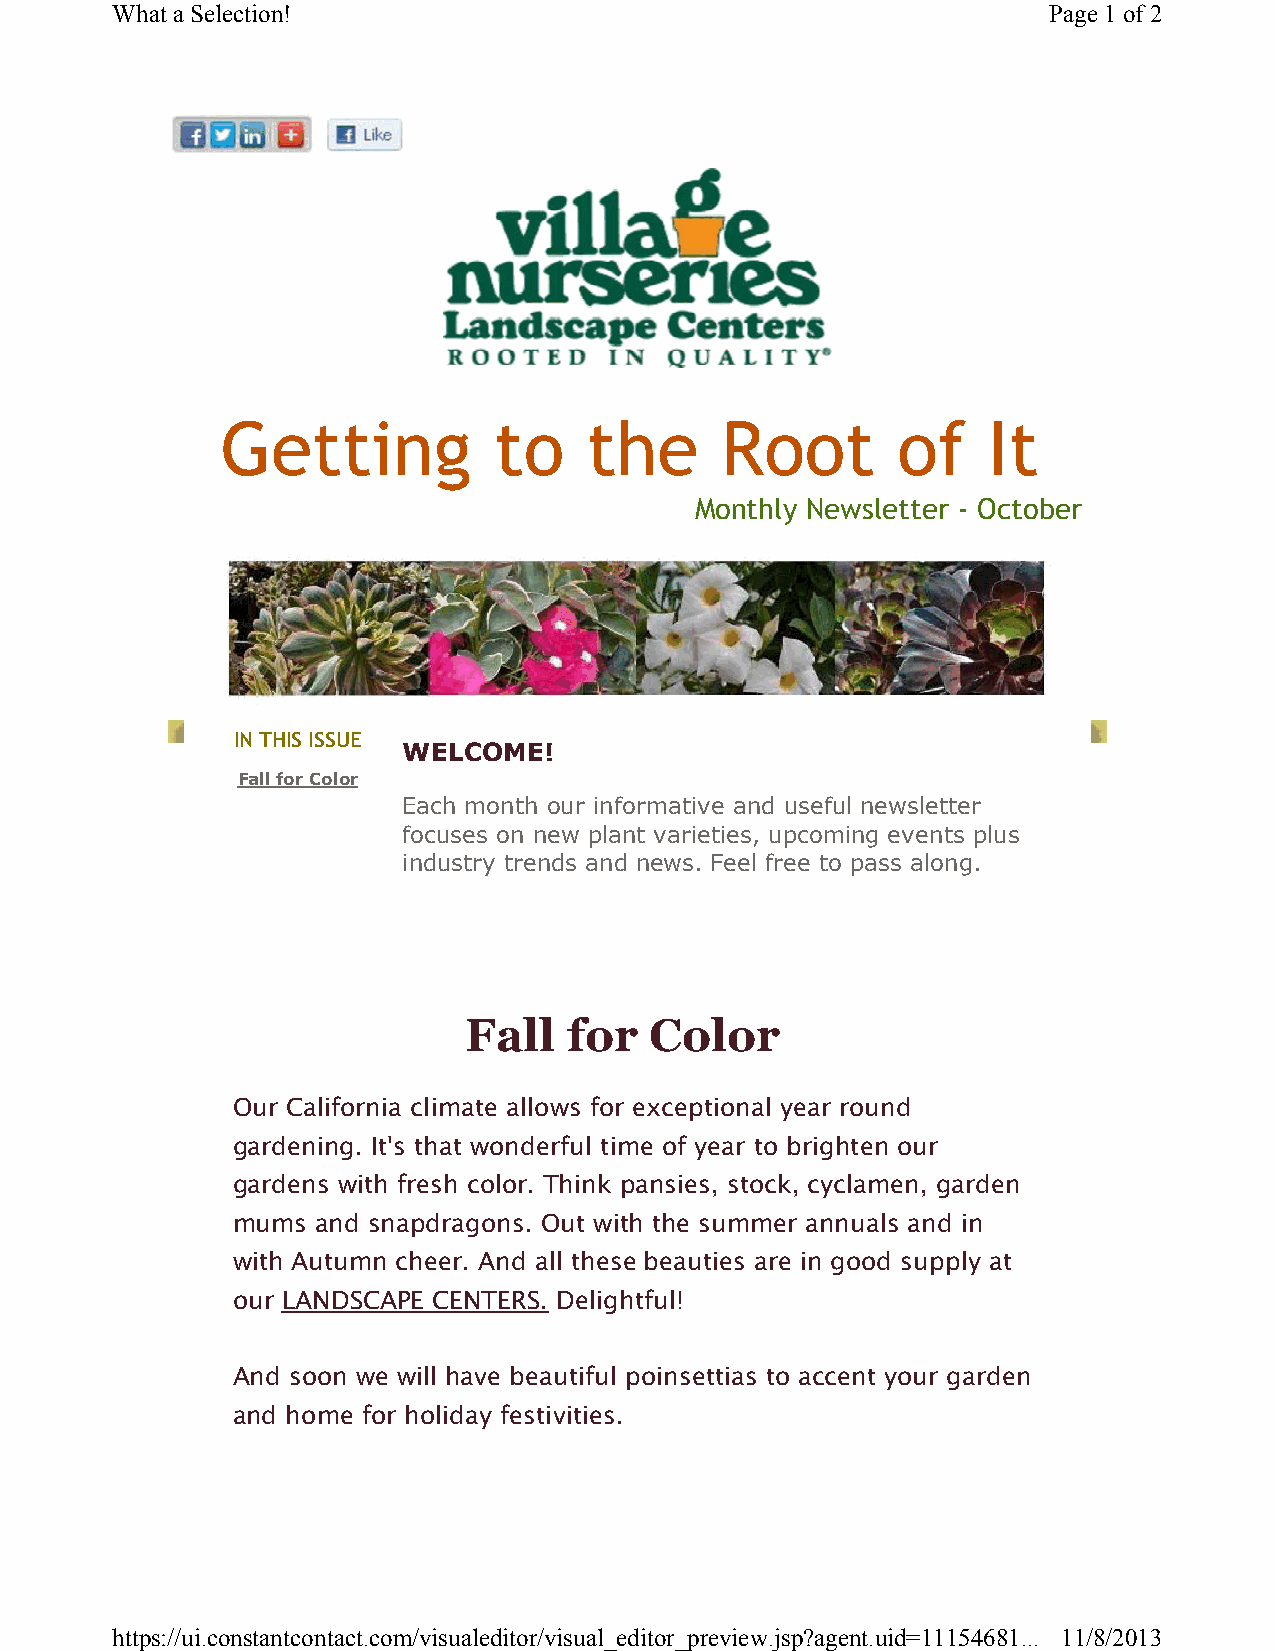
What a Selection!                                             Page 1of 2
 Getting           to    the      Root       of    It
 Monthly Newsletter - October
 IN THIS ISSUE
 WELCOME!
 Fall forColor
 Each month our informative and useful newsletter
 focuses on new plant varieties, upcoming events plus
 industry trends and news. Feel free to pass along.
 Fall   for  Color
 Our California climate allows for exceptional year round
 gardening. It's that wonderful time of year to brighten our
 gardens with fresh color. Think pansies, stock, cyclamen, garden
 mums  and snapdragons. Out with the summer annuals and in
 with Autumn cheer. And all these beauties are in good supply at
 our LANDSCAPE CENTERS. Delightful!
 And soon we will have beautiful poinsettias to accent your garden
 and home for holiday festivities.
 https://ui.constantcontact.com/visualeditor/visual_editor_preview.jsp?agent.uid=11154681... 11/8/2013